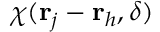
\chi ( { \bf r } _ { j } - { \bf r } _ { h } , \delta )